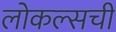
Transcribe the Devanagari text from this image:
लोकल्सची